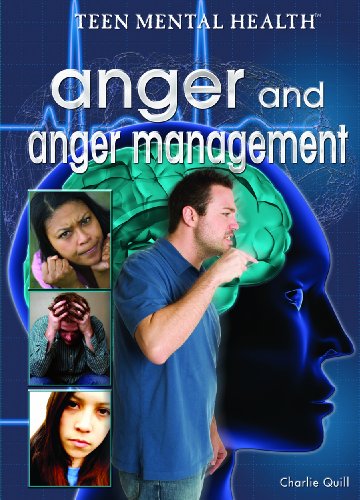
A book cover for Anger and Anger Management (Teen Mental Health); Charlie Quill; Teen & Young Adult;